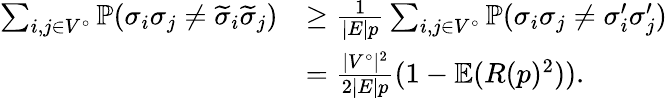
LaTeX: \begin{array}{rl}{\sum_{i,j\in V^{\circ}}\mathbb{P}(\sigma_{i}\sigma_{j}\ne\widetilde{\sigma}_{i}\widetilde{\sigma}_{j})}&{\ge\frac{1}{|E|p}\sum_{i,j\in V^{\circ}}\mathbb{P}(\sigma_{i}\sigma_{j}\ne\sigma_{i}^{\prime}\sigma_{j}^{\prime})}\\ &{=\frac{|V^{\circ}|^{2}}{2|E|p}(1-\mathbb{E}(R(p)^{2})).}\end{array}